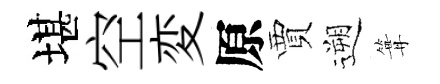
堪空変原賈遡篝